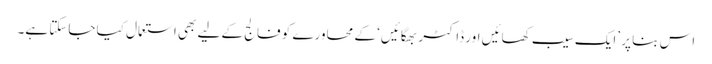
اس بنا پر ’ایک سیب کھائیں اور ڈاکٹر بھگائیں‘ کے محاورے کو فالج کے لیے بھی استعمال کیا جاسکتا ہے۔